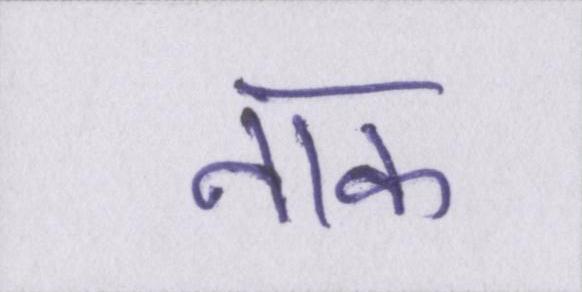
नाक